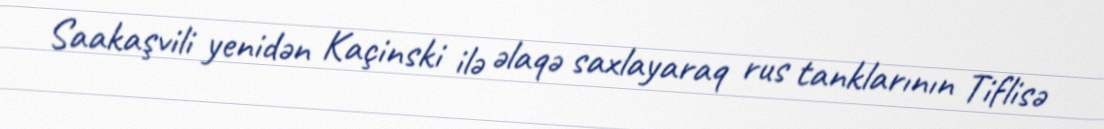
Saakaşvili yenidən Kaçinski ilə əlaqə saxlayaraq rus tanklarının Tiflisə